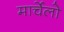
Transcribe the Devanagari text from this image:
मार्चेलो